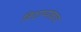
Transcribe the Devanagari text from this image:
विद्यार्थ्यावरच